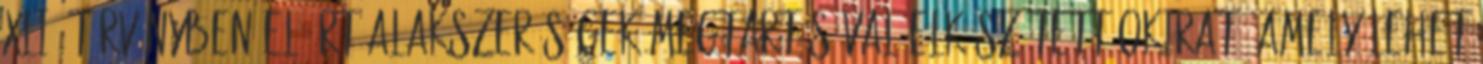
XLI. törvényben előírt alakszerűségek megtartásával elkészített okirat, amely lehet